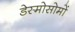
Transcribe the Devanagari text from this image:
डेस्मोसोमों